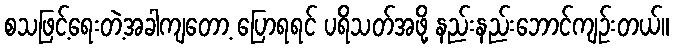
စသဖြင့်ရေးတဲ့အခါကျတော့ ပြောရရင် ပရိသတ်အဖို့ နည်းနည်းဘောင်ကျဉ်းတယ်။